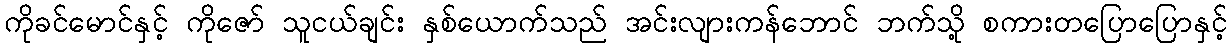
ကိုခင်မောင်နှင့် ကိုဇော် သူငယ်ချင်း နှစ်ယောက်သည် အင်းလျားကန်ဘောင် ဘက်သို့ စကားတပြောပြောနှင့်